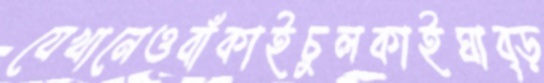
যেখানেওবাঁকাইচুলকাইঘাব্‌ড়